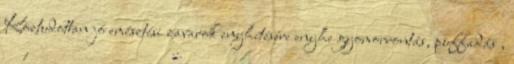
Köztudottan jó emésztési zavarok enyhítésére enyhe gyomorrontás, puffadás ,